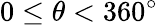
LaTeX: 0\leq\theta<360^{\circ}